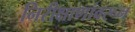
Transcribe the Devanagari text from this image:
निरीक्षाणांवरून